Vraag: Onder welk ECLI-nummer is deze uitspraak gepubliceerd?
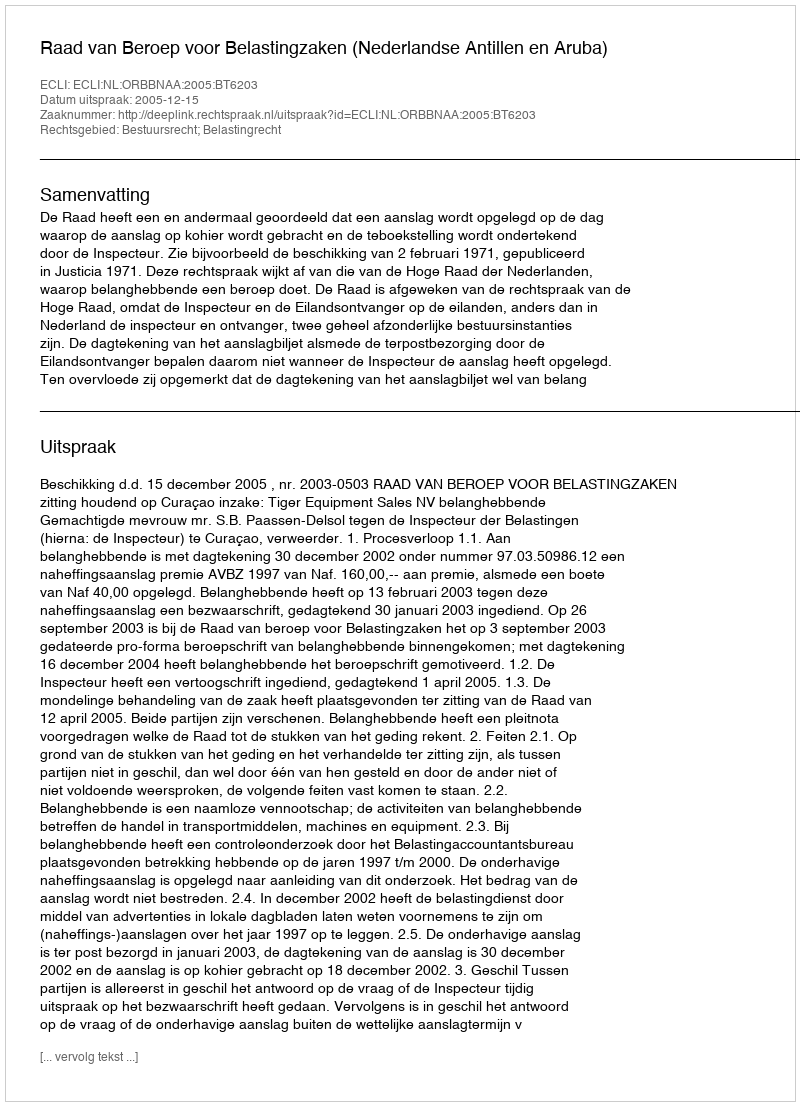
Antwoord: ECLI:NL:ORBBNAA:2005:BT6203